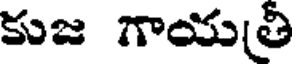
కుజ గాయత్రి